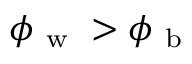
\phi _ { \mathrm { ~ w ~ } } > \phi _ { \mathrm { ~ b ~ } }